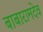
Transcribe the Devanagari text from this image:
बाबारामदेव